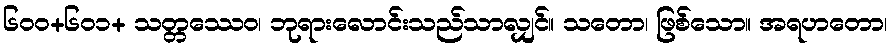
၆၀၀+၆၀၁+ သတ္တဿေဝ၊ ဘုရားလောင်းသည်သာလျှင်။ သတော၊ ဖြစ်သော။ အရဟတော၊